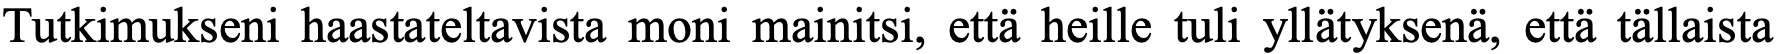
Tutkimukseni haastateltavista moni mainitsi, että heille tuli yllätyksenä, että tällaista